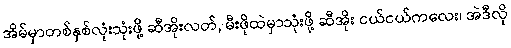
အိမ်မှာတစ်နှစ်လုံးသုံးဖို့ ဆီအိုးလတ်, မီးဖိုထဲမှာသုံးဖို့ ဆီအိုး ငယ်ငယ်ကလေး၊ အဲဒီလို